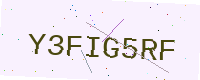
Text: Y3FIG5RF